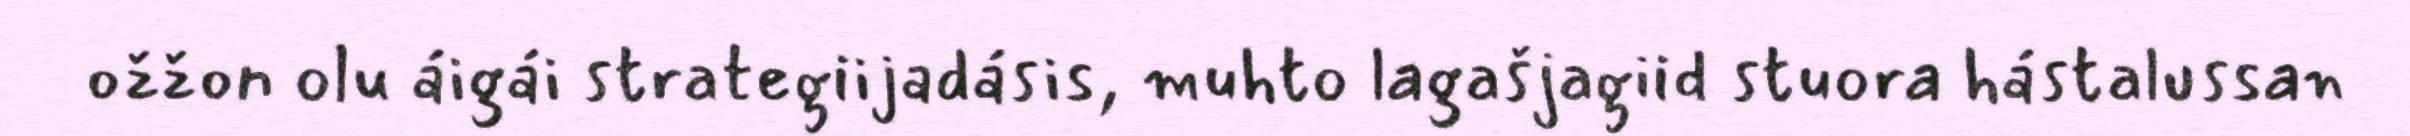
ožžon olu áigái strategiijadásis, muhto lagašjagiid stuora hástalussan